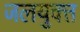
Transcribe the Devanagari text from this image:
जलयुक्‍त